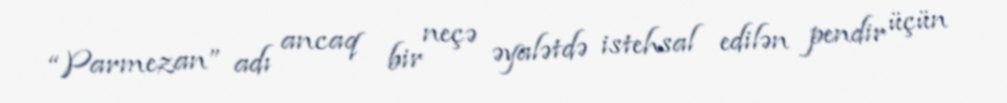
“Parmezan” adı ancaq bir neçə əyalətdə istehsal edilən pendir üçün